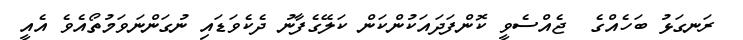
ރަނގަޅު ބަހެއްގެ  ޖެއްސެވީ ކޮންފަދައަކުންކަން ކަލޭގެފާނު ދެކެވަޑައި ނުގަންނަވަމުތޯއެވެ އެއީ